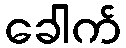
ခေါက်